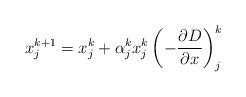
LaTeX: \begin{align*}x^{k+1}_{j}=x^{k}_{j}+\alpha^{k}_{j}x^{k}_{j}\left(-\frac{\partial D}{\partial x}\right)^{k}_{j}\end{align*}